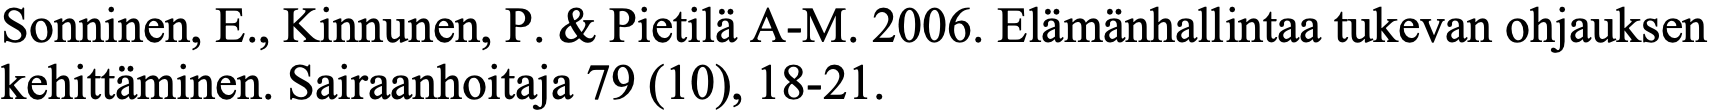
Sonninen, E., Kinnunen, P. & Pietilä A-M. 2006. Elämänhallintaa tukevan ohjauksen kehittäminen. Sairaanhoitaja 79 (10), 18-21.